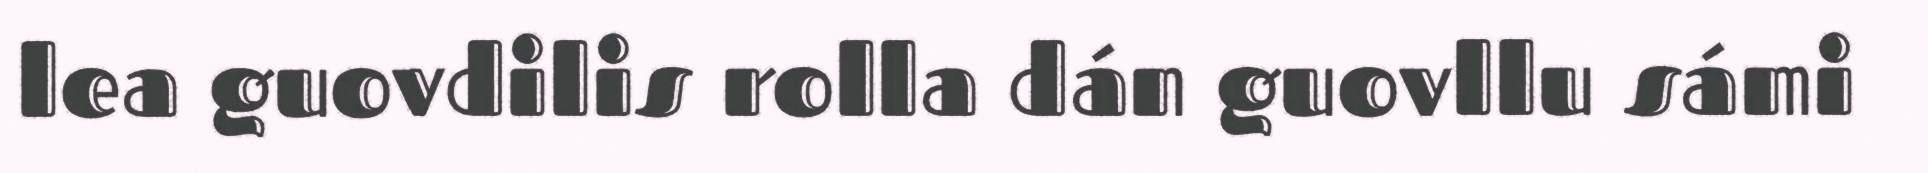
lea guovdilis rolla dán guovllu sámi